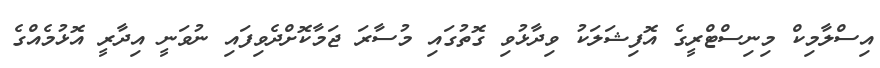
އިސްލާމިކް މިނިސްޓްރީގެ އޮފިޝަލަކު ވިދާޅުވި ގޮތުގައި މުސާރަ ޖަމާކޮށްދެވިފައި ނުވަނީ އިދާރީ އޮޅުމެއްގެ